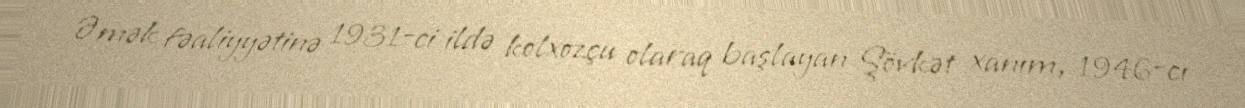
Əmək fəaliyyətinə 1931-ci ildə kolxozçu olaraq başlayan Şövkət xanım, 1946-cı